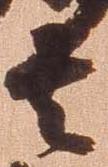
者